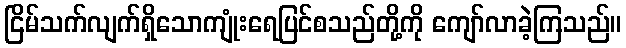
ငြိမ်သက်လျက်ရှိသောကျုံးရေပြင်စသည်တို့ကို ကျော်လာခဲ့ကြသည်။